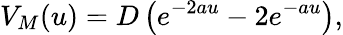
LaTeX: V_{M}(u)=D\left(e^{-2au}-2e^{-au}\right),